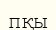
пқы